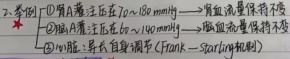
2. 检测：
 - \textcircled{1}肾血浆流量（RPF）：注入\(PAH\)（对 - 氨基马尿酸）→肾血浆流量保持不变
 - \textcircled{2}肾小球滤过率（GFR）：注入菊粉→菊粉清除率保持不变
 - \textcircled{3}心脏：左心衰竭（Frank - Starling机制）